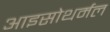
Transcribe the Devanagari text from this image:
आइसोथर्मल